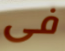
فى